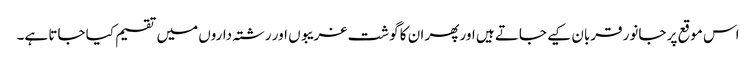
اس موقع پر جانور قربان کیے جاتے ہیں اور پھر ان کا گوشت غریبوں اور رشتہ داروں میں تقسیم کیا جاتا ہے۔